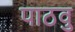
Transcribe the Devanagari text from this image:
पाठवु